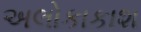
અલોકાકાશ